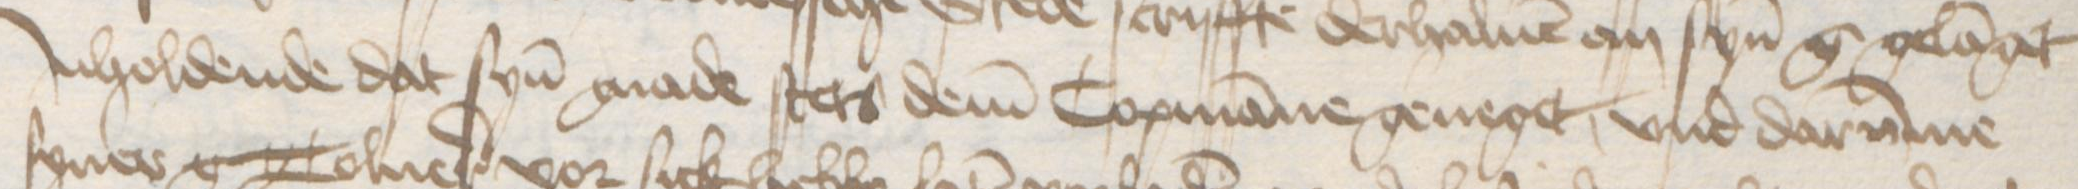
Transcription: Jnholdende dat syn gnade stets dem Copmanne geneget, vnd darumme